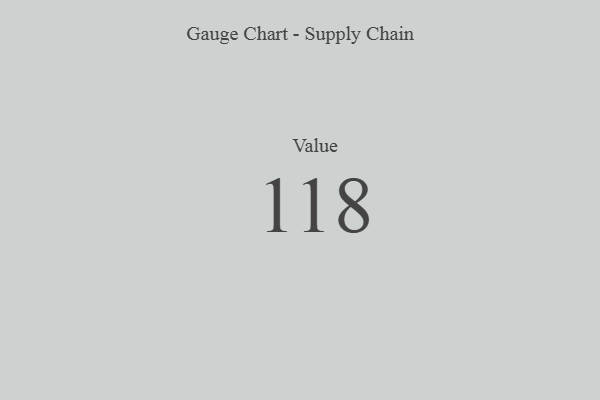
{"axis": {"x": "Metric", "y": "Value"}, "legend": [""], "data": [{"x": "Value", "y": 118, "type": ""}]}